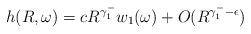
LaTeX: \begin{align*} h(R, \omega) = cR^{\gamma_1^-}w_1(\omega) + O(R^{\gamma_1^- - \epsilon}) \end{align*}